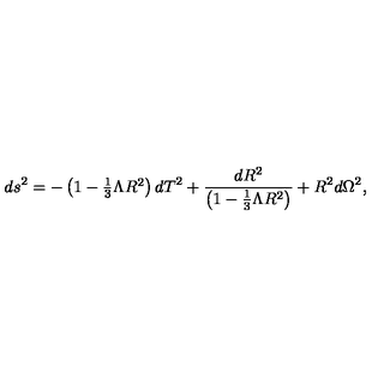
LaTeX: d s ^ { 2 } = - \left( 1 - \textstyle { \frac { 1 } { 3 } } \Lambda R ^ { 2 } \right) d T ^ { 2 } + \frac { d R ^ { 2 } } { \left( 1 - \frac { 1 } { 3 } \Lambda R ^ { 2 } \right) } + R ^ { 2 } d \Omega ^ { 2 } ,